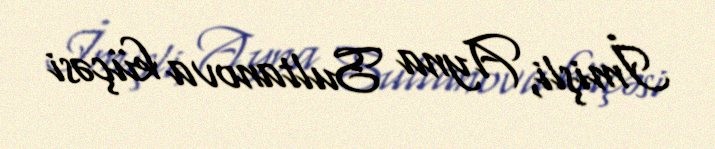
İmişli, Ayna Sultanova küçəsi